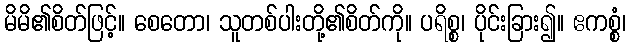
မိမိ၏စိတ်ဖြင့်။ စေတော၊ သူတစ်ပါးတို့၏စိတ်ကို။ ပရိစ္စ၊ ပိုင်းခြား၍။ ဧကစ္စံ၊